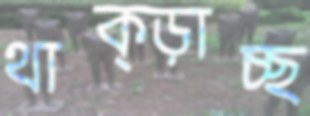
থাক্‌ড়াচ্ছ